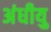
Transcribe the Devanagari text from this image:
अंधीयु